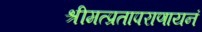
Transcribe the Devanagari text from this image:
श्रीमत्प्रतापराणायनं